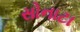
સોનાટા